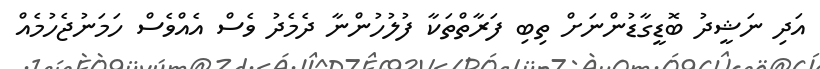
އަދި ނަޝީދު ބޮޑީގާޑުންނަށް ތިބި ފަރާތްތަކާ ފުލުހުންނާ ދެމެދު ވެސް އެއްވެސް ހަމަނުޖެހުމެއް